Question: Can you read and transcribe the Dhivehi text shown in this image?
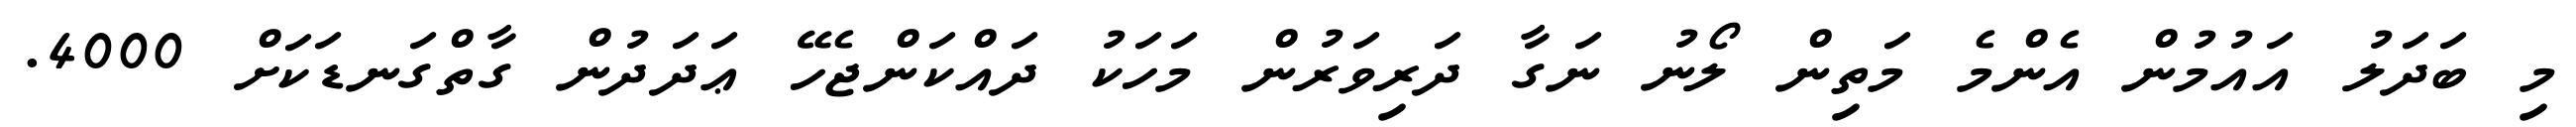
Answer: މި ބަދަލު އައުމުން އެންމެ މަތިން ލޯނު ނަގާ ދަރިވަރުން މަހަކު ދައްކަންޖެހޭ ޢަދަދުން ގާތްގަނޑަކަށް 4000.